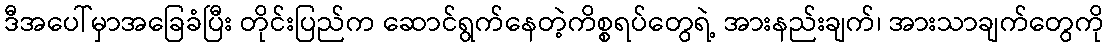
ဒီအပေါ်မှာအခြေခံပြီး တိုင်းပြည်က ဆောင်ရွက်နေတဲ့ကိစ္စရပ်တွေရဲ့ အားနည်းချက်၊ အားသာချက်တွေကို